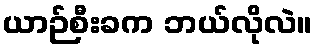
ယာဉ်စီးခက ဘယ်လိုလဲ။